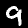
Digit: 9